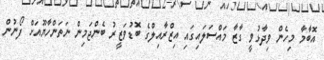
އޮބާމާ މިހެން ވިދާޅުވީ ގާޒާ މައްސަލައިގައި އިޒްރާއިލްގެ ބޮޑުވަޒީރު ބެންޖަމިން ނަތަންހާޔޫއަށް ފޯނުން